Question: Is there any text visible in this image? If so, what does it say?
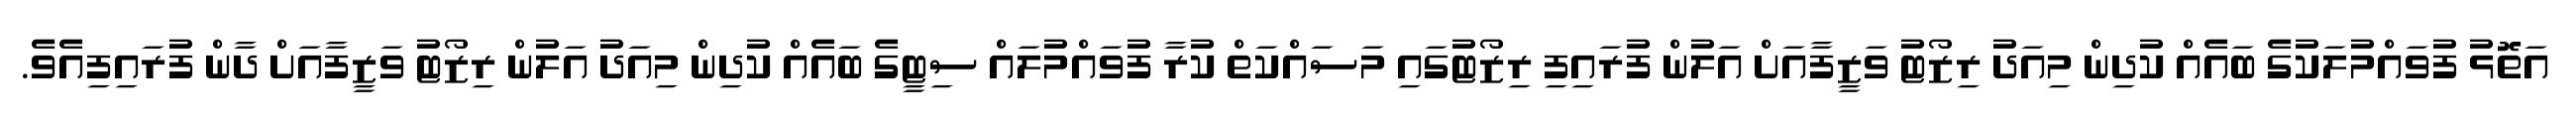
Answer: އަތޮޅު ފުވައްމުލަކުގެ ބައެއް ކުދިން މިއަދު ރިޒޯޓު ވަޒީފާއަށް އަލުން ފުރައިފި ރިޒޯޓުގައި މަސައްކަތް ކުރާ ފުވައްމުލައް ސިޓީގެ ބައެއް ކުދިން މިއަދު އަލުން ރިޒޯޓު ވަޒީފާއަށް ދާން ފުރައިފިއެވެ.